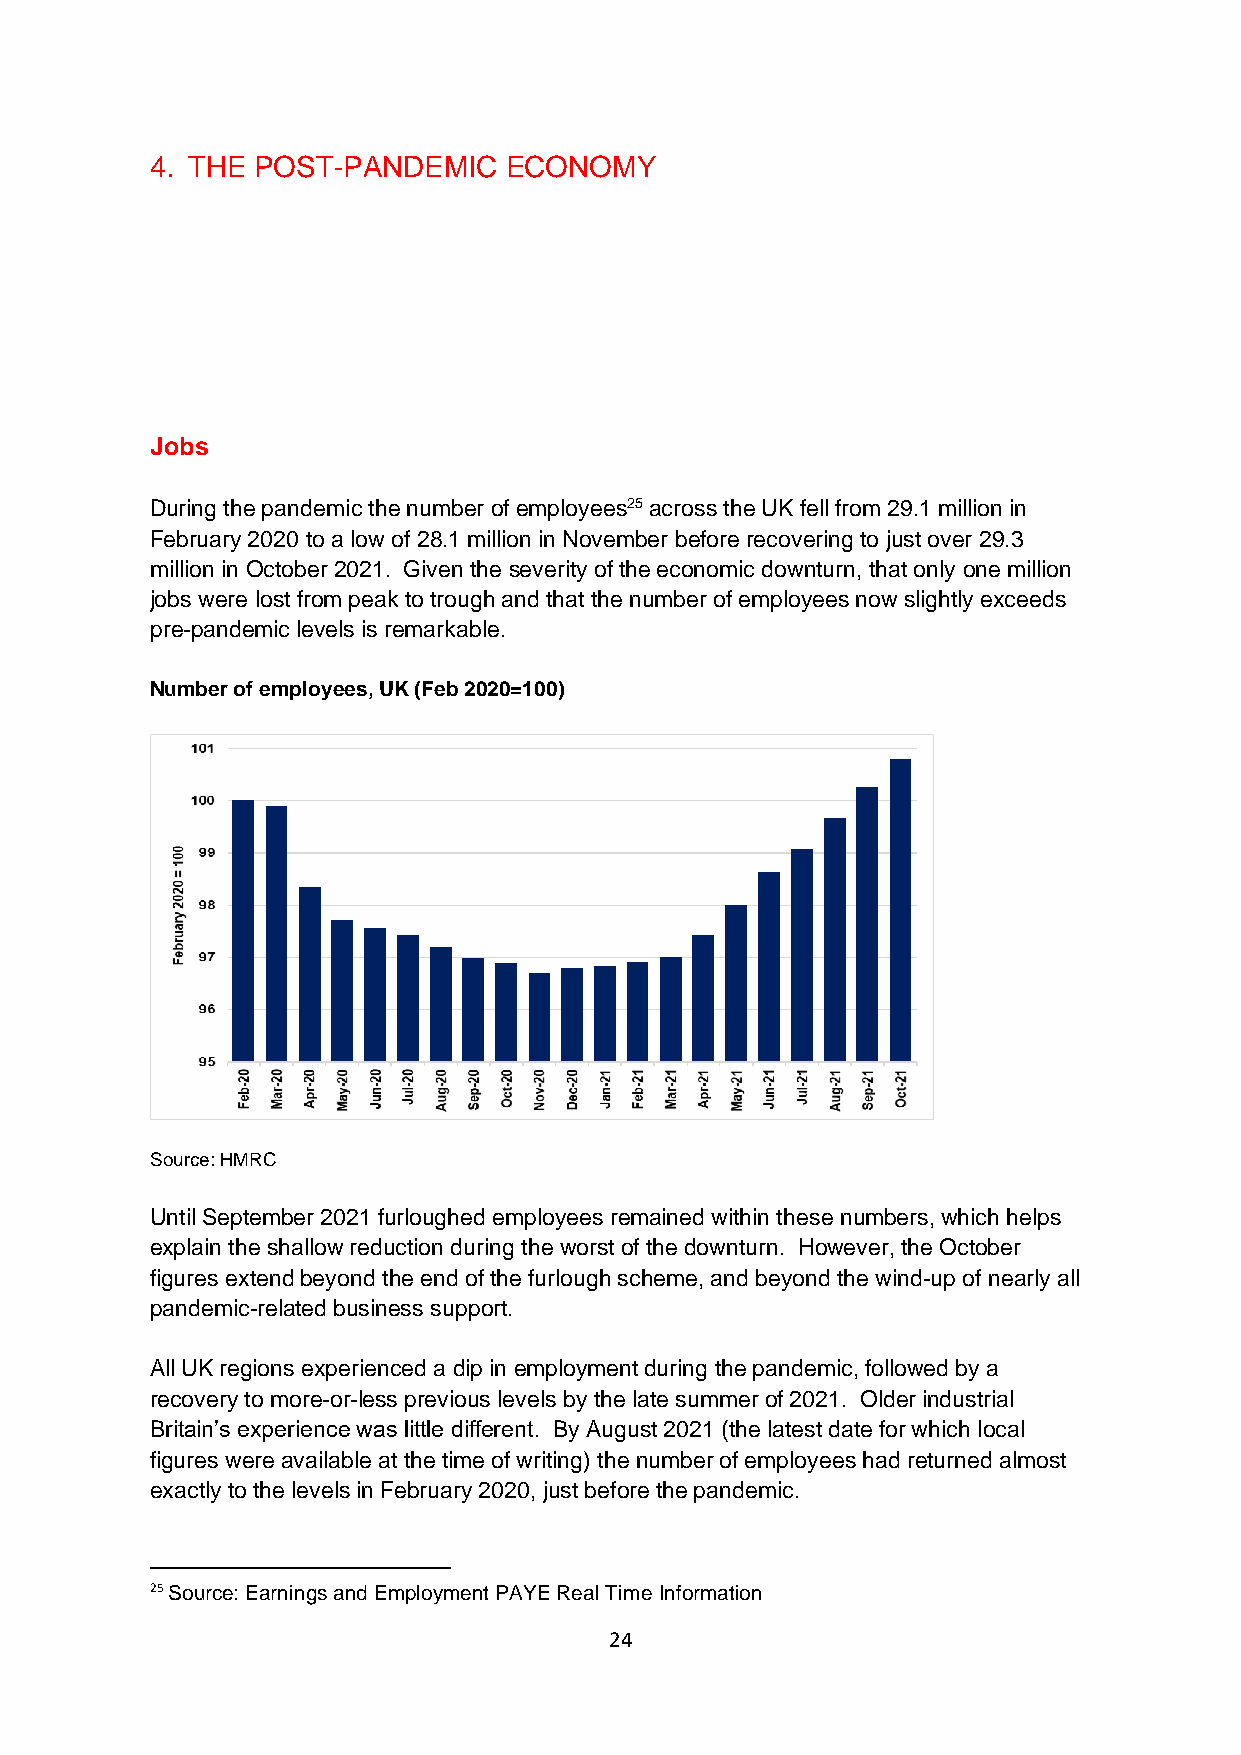
4. THE POST-PANDEMIC   ECONOMY
 Jobs
 During the pandemic the number of employees25 across the UK fell from 29.1 million in
 February 2020 to a low of 28.1 million in November before recovering to just over 29.3
 million in October 2021. Given the severity of the economic downturn, that only one million
 jobs were lost from peak to trough and that the number of employees now slightly exceeds
 pre-pandemic levels is remarkable.
 Number of employees, UK (Feb 2020=100)
 Source: HMRC
 Until September 2021 furloughed employees remained within these numbers, which helps
 explain the shallow reduction during the worst of the downturn. However, the October
 figures extend beyond the end of the furlough scheme, and beyond the wind-up of nearly all
 pandemic-related business support.
 All UK regions experienced a dip in employment during the pandemic, followed by a
 recovery to more-or-less previous levels by the late summer of 2021. Older industrial
 Britain’s experience was little different. By August 2021 (the latest date for which local
 figures were available at the time of writing) the number of employees had returned almost
 exactly to the levels in February 2020, just before the pandemic.
 25 Source: Earnings and Employment PAYE Real Time Information
 24